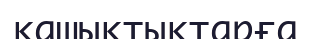
қашықтыктарға